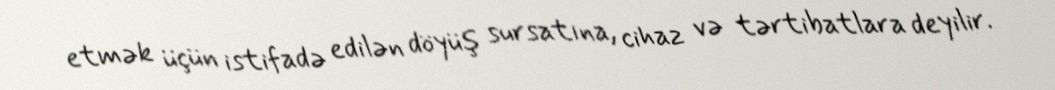
etmək üçün istifadə edilən döyüş sursatına, cihaz və tərtibatlara deyilir.